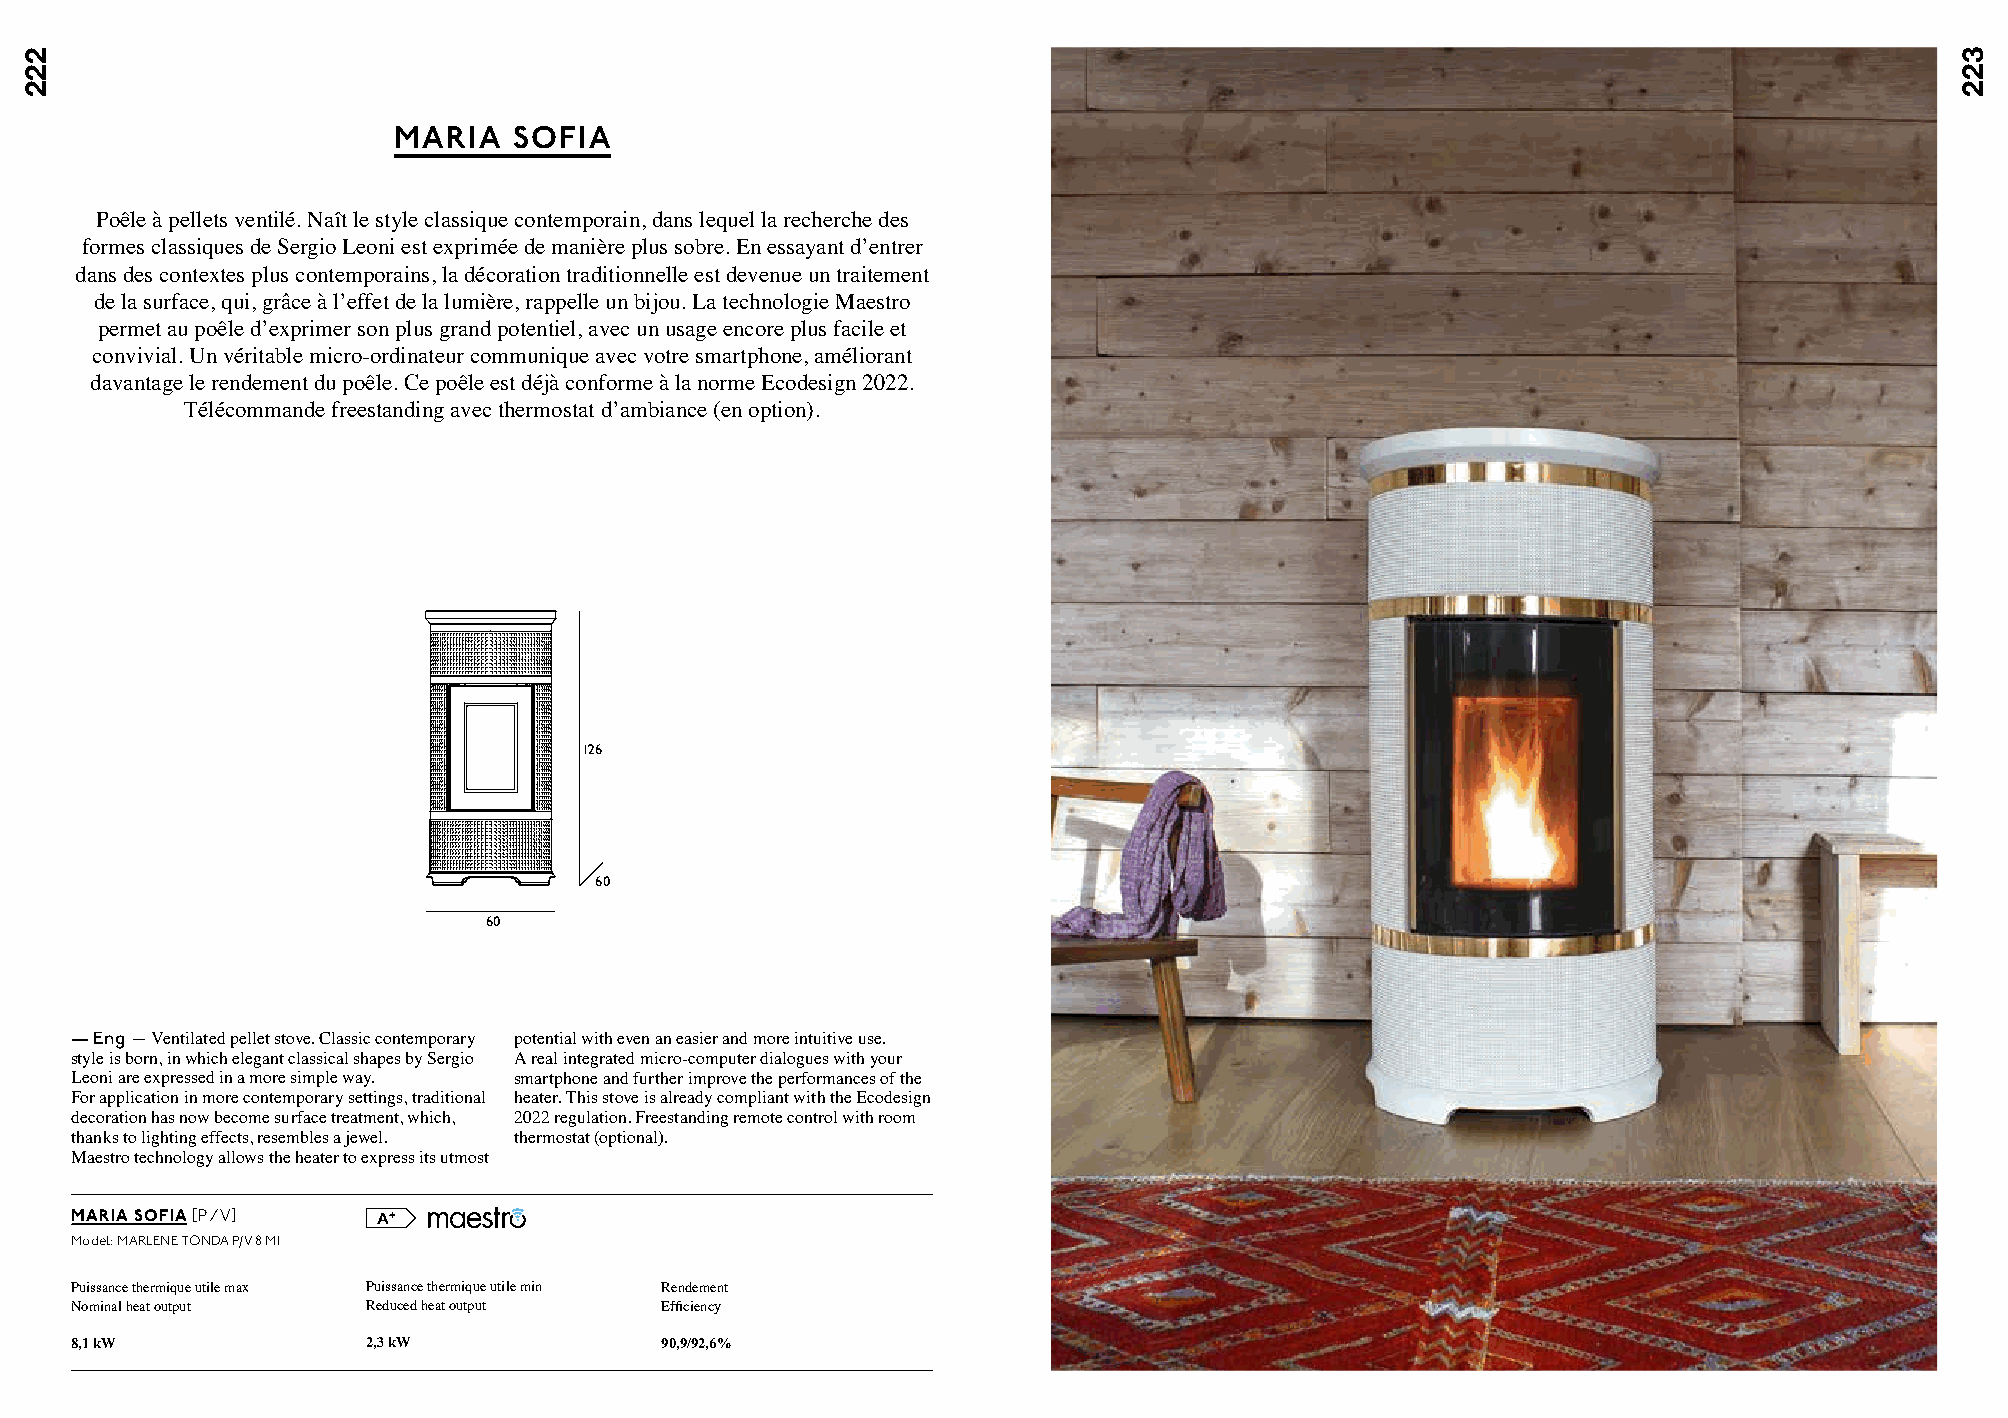
MARIA   SOFIA
 Poêle à pellets ventilé. Naît le style classique contemporain, dans lequel la recherche des
 formes classiques de Sergio Leoni est exprimée de manière plus sobre. En essayant d’entrer
 dans des contextes plus contemporains, la décoration traditionnelle est devenue un traitement
 de la surface, qui, grâce à l’effet de la lumière, rappelle un bijou. La technologie Maestro
 permet au poêle d’exprimer son plus grand potentiel, avec un usage encore plus facile et
 convivial. Un véritable micro-ordinateur communique avec votre smartphone, améliorant
 davantage le rendement du poêle. Ce poêle est déjà conforme à la norme Ecodesign 2022.
 Télécommande freestanding avec thermostat d’ambiance (en option).
 124     124                            126                127
 112 112
 60 60 52 52                            60                  64,5
 82 82 71 71                     60                 64,5
 — Eng — Ventilated pellet stove. Classic contemporary potential with even an easier and more intuitive use.
 style is born, in which elegant classical shapes by Sergio A real integrated micro-computer dialogues with your
 Leoni are expressed in a more simple way. smartphone and further improve the performances of the
 For application in more contemporary settings, traditional heater. This stove is already compliant with the Ecodesign
 decoration has now become surface treatment, which, 2022 regulation. Freestanding remote control with room
 thanks to lighting effects, resembles a jewel. thermostat (optional).
 Maestro technology allows the heater to express its utmost
 MARIA SOFIA [P / V]
 Model: MARLENE TONDA P/V 8 M1
 Puissance thermique utile max Puissance thermique utile min Rendement
 Nominal heat output Reduced heat output Efficiency
 8,1 kW             2,3 kW              90,9/92,6%
 222                                                                                                                             322